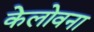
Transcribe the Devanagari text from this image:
केलोवना